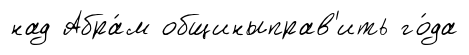
над Абра́м общиныправ'ить го́да